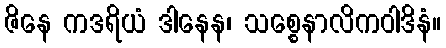
ဇိနေ ကဒရိယံ ဒါနေန၊ သစ္စေနာလိကဝါဒိနံ။